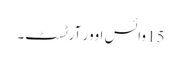
15 وائس اوور آرٹسٹ۔